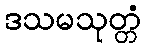
ဒသမသုတ္တံ